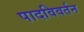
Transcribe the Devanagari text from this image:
पादविवर्तन